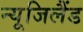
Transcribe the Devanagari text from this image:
न्यूजिलैंड